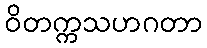
ဝိတက္ကသဟဂတာ